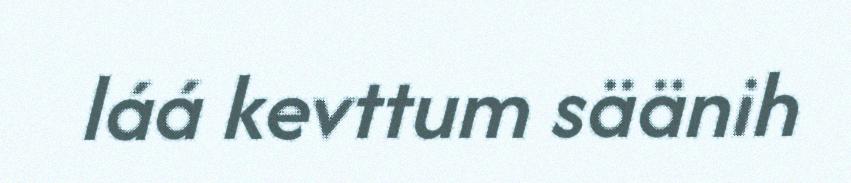
láá kevttum säänih